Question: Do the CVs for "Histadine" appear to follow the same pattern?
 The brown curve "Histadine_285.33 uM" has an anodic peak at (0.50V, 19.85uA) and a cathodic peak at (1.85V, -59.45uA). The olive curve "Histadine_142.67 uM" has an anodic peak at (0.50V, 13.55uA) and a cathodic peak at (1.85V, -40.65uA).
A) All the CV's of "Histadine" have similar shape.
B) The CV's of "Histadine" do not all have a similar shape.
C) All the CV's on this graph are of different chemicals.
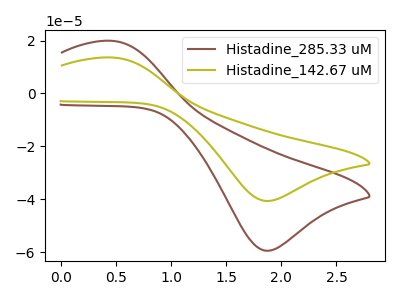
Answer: <think>All the peaks in "Histadine_285.33 uM" have a peak in "Histadine_142.67 uM" at the same potential. Every peak in "Histadine_285.33 uM" is higher than every peak in "Histadine_142.67 uM".
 </think>
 <answer>A) All the CV's of "Histadine" have similar shape.</answer>
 <eval>A</eval>